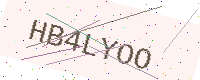
Text: HB4LYOO